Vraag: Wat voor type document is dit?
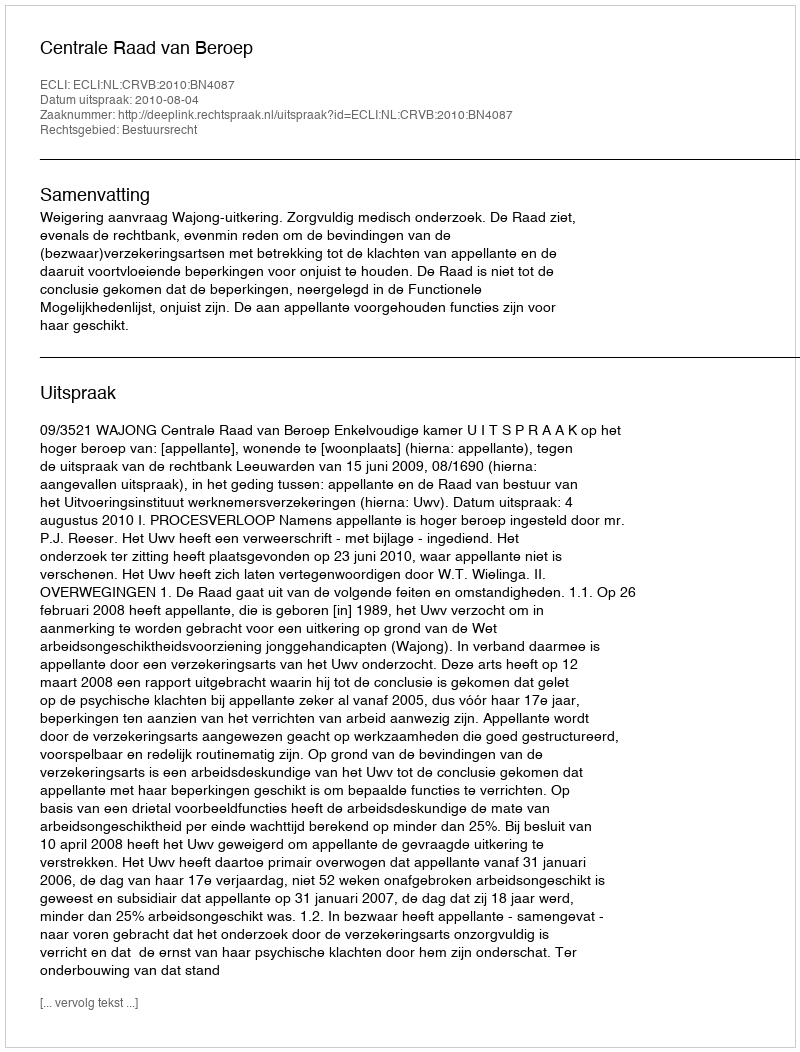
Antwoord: Uitspraak